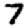
Digit: 7